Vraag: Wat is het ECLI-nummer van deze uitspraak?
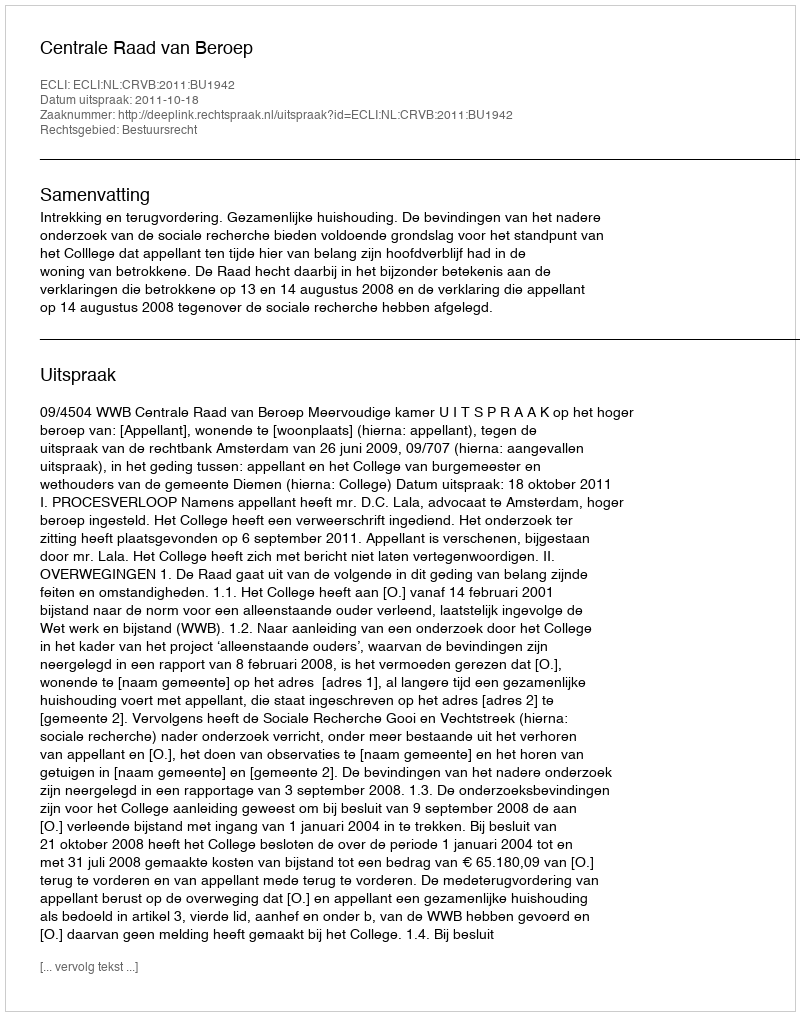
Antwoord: ECLI:NL:CRVB:2011:BU1942